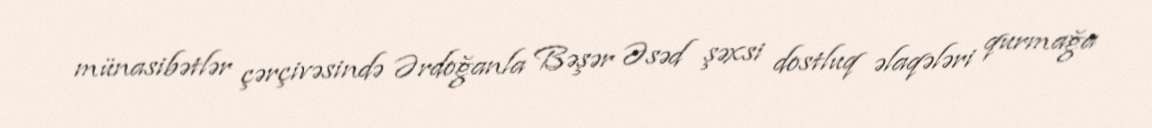
münasibətlər çərçivəsində Ərdoğanla Bəşər Əsəd şəxsi dostluq əlaqələri qurmağa